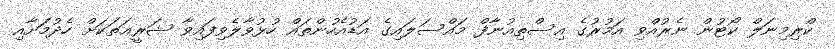
ކްރިމިނަލް ކޯޓުން ނެެރުއްވި އަމުރުގެ އިސްތިއުނާފް މައްސަލައިގެ އަޑުއެހުންތައް ހުޅުވާލެވިފައިވާ ޝަރީޢަތަކަށް ހެދުމަަށާއި